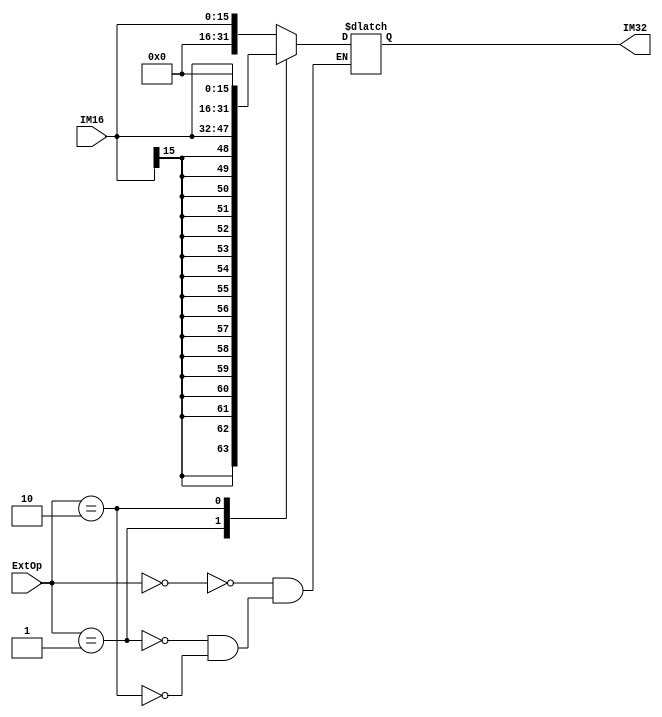
`timescale 1ns / 1ps
//////////////////////////////////////////////////////////////////////////////////
// Company: 
// Engineer: 
// 
// Design Name: 
// Module Name:    EXT 
// Project Name: 
// Target Devices: 
// Tool versions: 
// Description: 
//
// Dependencies: 
//
// Revision: 
// Revision 0.01 - File Created
// Additional Comments: 
//
//////////////////////////////////////////////////////////////////////////////////
module EXT(
    input [15:0] IM16,
    input [1:0] ExtOp,
    output reg [31:0] IM32
    );
	
	always @* begin
		case(ExtOp)
		2'b00: IM32 <= {{16{1'b0}},IM16};			//zero_extend
		2'b01: IM32 <= {{16{IM16[15]}},IM16};		//sign_extend
		2'b10: IM32 <= ({{16{1'b0}},IM16} << 16);	//lui
		endcase
	end

endmodule